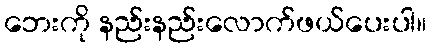
ဘေးကို နည်းနည်းလောက်ဖယ်ပေးပါ။